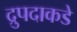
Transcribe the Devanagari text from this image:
द्रुपदाकडे